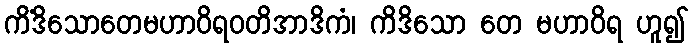
ကိံဒိသောတေမဟာဝိရဝတိအာဒိကံ၊ ကိဒိသော တေ မဟာဝိရ ဟူ၍